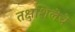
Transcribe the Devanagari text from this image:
तक्षशिलेचे